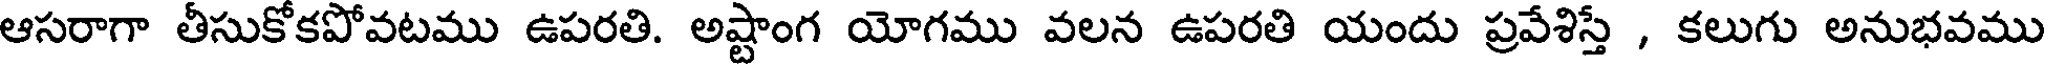
ఆసరాగా తీసుకోకపోవటము ఉపరతి. అష్టాంగ యోగము వలన ఉపరతి యందు ప్రవేశిస్తే , కలుగు అనుభవము